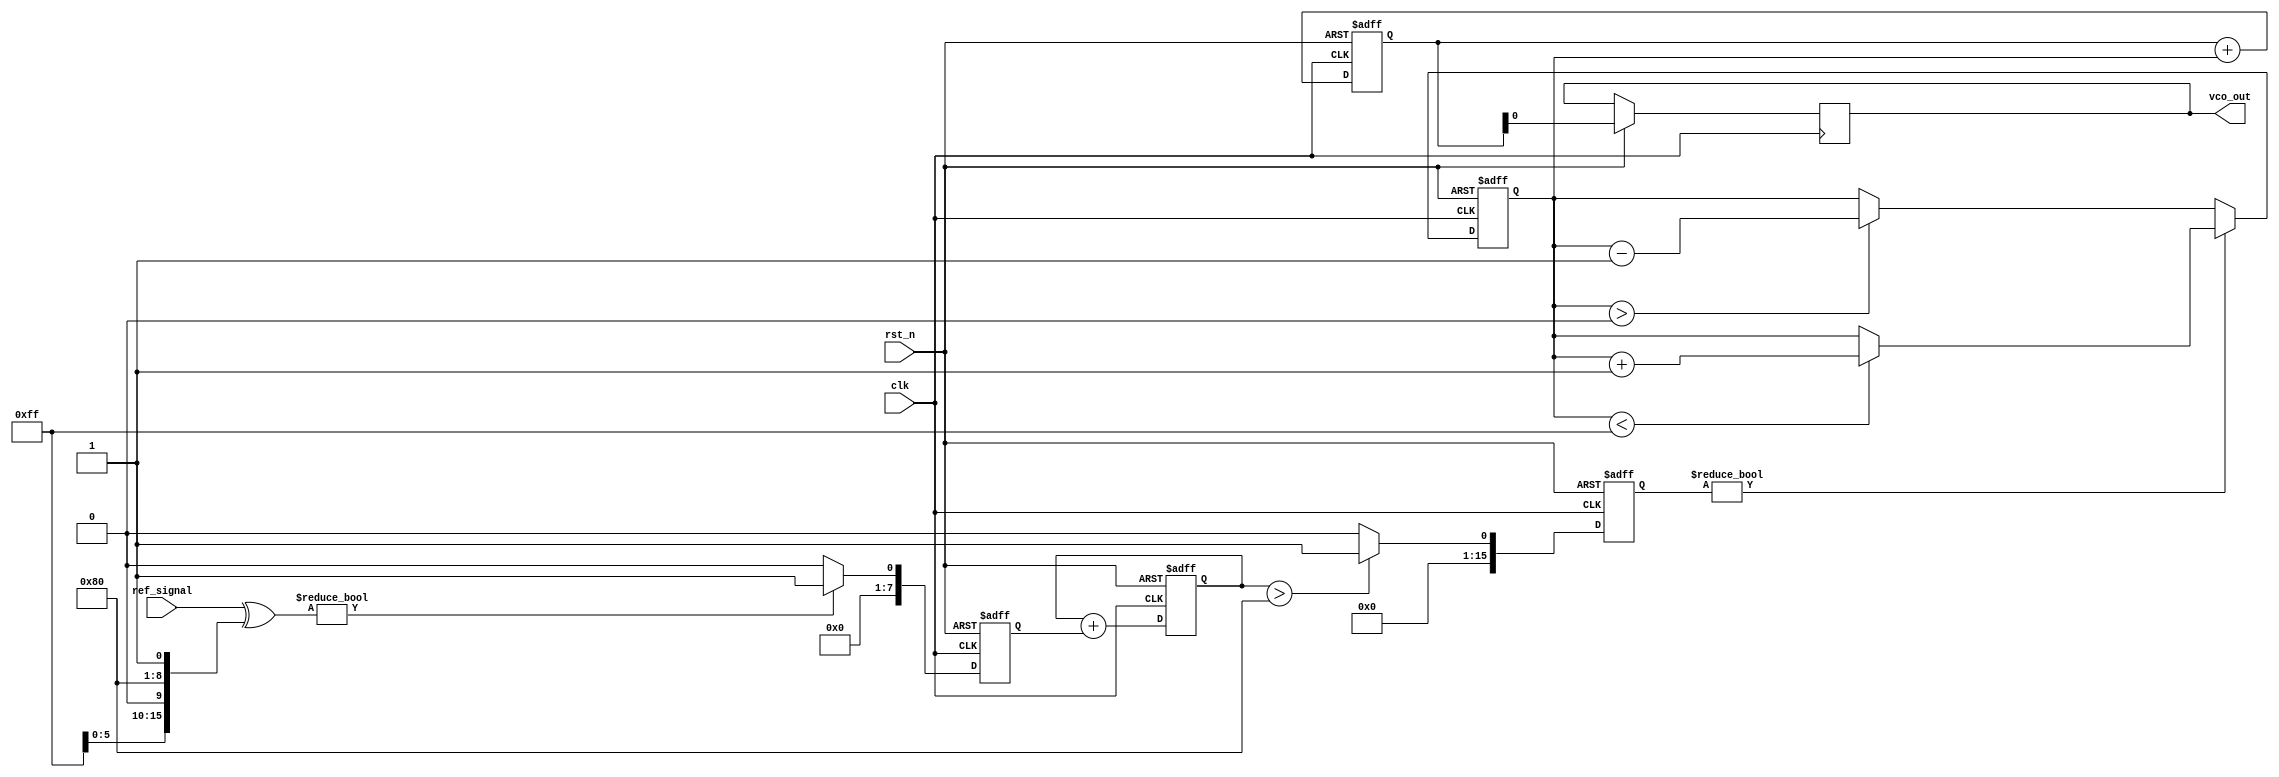
module sigma_delta_pll (
    input wire clk,             // System clock
    input wire rst_n,           // Active low reset
    input wire ref_signal,      // Reference input signal
    output reg vco_out          // VCO output signal
);

    // Parameters
    parameter LOOP_BW = 8;      // Loop bandwidth
    parameter OVERSAMPLING_RATIO = 16; // Oversampling ratio
    parameter VCO_MAX_FREQ = 255; // Max frequency for VCO (for example)

    // Internal signals
    reg [OVERSAMPLING_RATIO-1:0] feedback; // Feedback signal
    reg [LOOP_BW-1:0] phase_detector_output; // Output of phase detector
    reg [LOOP_BW-1:0] loop_filter_output; // Output of the loop filter
    reg [OVERSAMPLING_RATIO-1:0] sigma_delta_output; // Output of sigma-delta modulator
    reg [7:0] vco_control; // Control signal for VCO
    reg [7:0] vco_count; // Counter for VCO output frequency

    // Phase Detector
    always @(posedge clk or negedge rst_n) begin
        if (~rst_n) begin
            phase_detector_output <= 0;
        end else begin
            // Simple phase detector logic (for demonstration)
            // Here we assume a simple XOR-based phase detector
            phase_detector_output <= (ref_signal ^ feedback) ? 1 : 0;
        end
    end

    // Loop Filter (Simple accumulator)
    always @(posedge clk or negedge rst_n) begin
        if (~rst_n) begin
            loop_filter_output <= 0;
        end else begin
            loop_filter_output <= loop_filter_output + phase_detector_output;
        end
    end

    // Sigma-Delta Modulator
    always @(posedge clk or negedge rst_n) begin
        if (~rst_n) begin
            sigma_delta_output <= 0;
        end else begin
            // Simple 1-bit quantizer
            if (loop_filter_output > (1 << (LOOP_BW-1))) begin
                sigma_delta_output <= 1; // Output high
            end else begin
                sigma_delta_output <= 0; // Output low
            end
        end
    end

    // VCO (Simple up/down counter)
    always @(posedge clk or negedge rst_n) begin
        if (~rst_n) begin
            vco_control <= 0;
            vco_count <= 0;
        end else begin
            // Update VCO based on sigma-delta output
            if (sigma_delta_output) begin
                if (vco_control < VCO_MAX_FREQ) begin
                    vco_control <= vco_control + 1;
                end
            end else begin
                if (vco_control > 0) begin
                    vco_control <= vco_control - 1;
                end
            end
            // Generate VCO output based on vco_control
            vco_count <= vco_count + vco_control;
            vco_out <= vco_count[0]; // Output a single bit as VCO output
        end
    end

endmodule